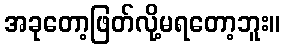
အခုတော့ဖြတ်လို့မရတော့ဘူး။